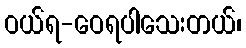
ဝယ်ရ-ဝေရပါသေးတယ်၊